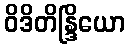
ဝိဒိတိန္ဒြိယော